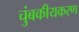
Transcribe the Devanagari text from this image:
चुंबकीयकरण